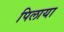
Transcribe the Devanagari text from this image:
पिलाया